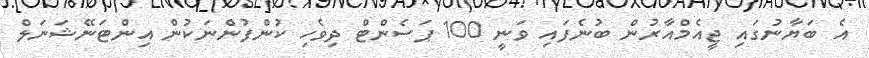
އެ ބަޔާނުގައި ޖީއެމްއާރުން ބުނެފައި ވަނީ 100 ޕަސެންޓް ދިވެހި ކުންފުންނަކުން އިންޓަނޭޝަނަލް